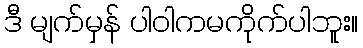
ဒီ မျက်မှန် ပါဝါကမကိုက်ပါဘူး။